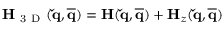
\mathbf { H } _ { \mathrm { ~ 3 ~ D ~ } } ( \mathbf { \check { q } } , \mathbf { \overline { { q } } } ) = \mathbf { H } ( \mathbf { \check { q } } , \mathbf { \overline { { q } } } ) + \mathbf { H } _ { z } ( \mathbf { \check { q } } , \mathbf { \overline { { q } } } )